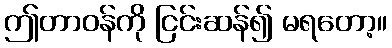
ဤတာဝန်ကို ငြင်းဆန်၍ မရတော့။